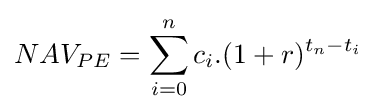
NAV_{PE}=\sum _{i=0}^{n}{c_{i}.(1+r)^{t_{n}-t_{i}}}